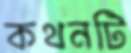
কথনটি